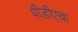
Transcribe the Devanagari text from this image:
पीडीएचा